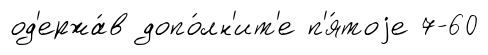
од'ержа́в допо́лн'ит'е п'я́тоjе 7-60